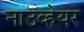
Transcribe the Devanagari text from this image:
नाउव्हेयर